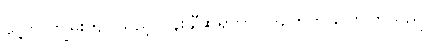
သူ့ကို ကျွမ်းကျင်သည့် ပန်းချီဆရာဟု လူတွေက ပြောကြသည်။